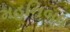
મહનિબધ